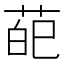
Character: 𦲠